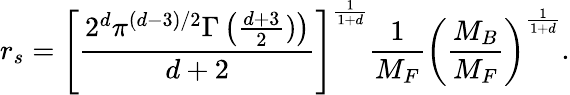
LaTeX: r_{s}=\left[\frac{2^{d}\pi^{(d-3)/2}\Gamma\left(\frac{d+3}{2})\right)}{d+2}\right]^{\frac{1}{1+d}}\frac{1}{M_{F}}\left(\frac{M_{B}}{M_{F}}\right)^{\frac{1}{1+d}}.